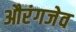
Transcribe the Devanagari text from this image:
औरंगजेव